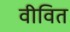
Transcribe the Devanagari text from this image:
वीवित